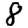
Digit: 8